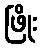
ဖြိုး